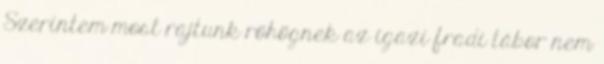
Szerintem most rajtunk röhögnek az igazi fradi tábor nem